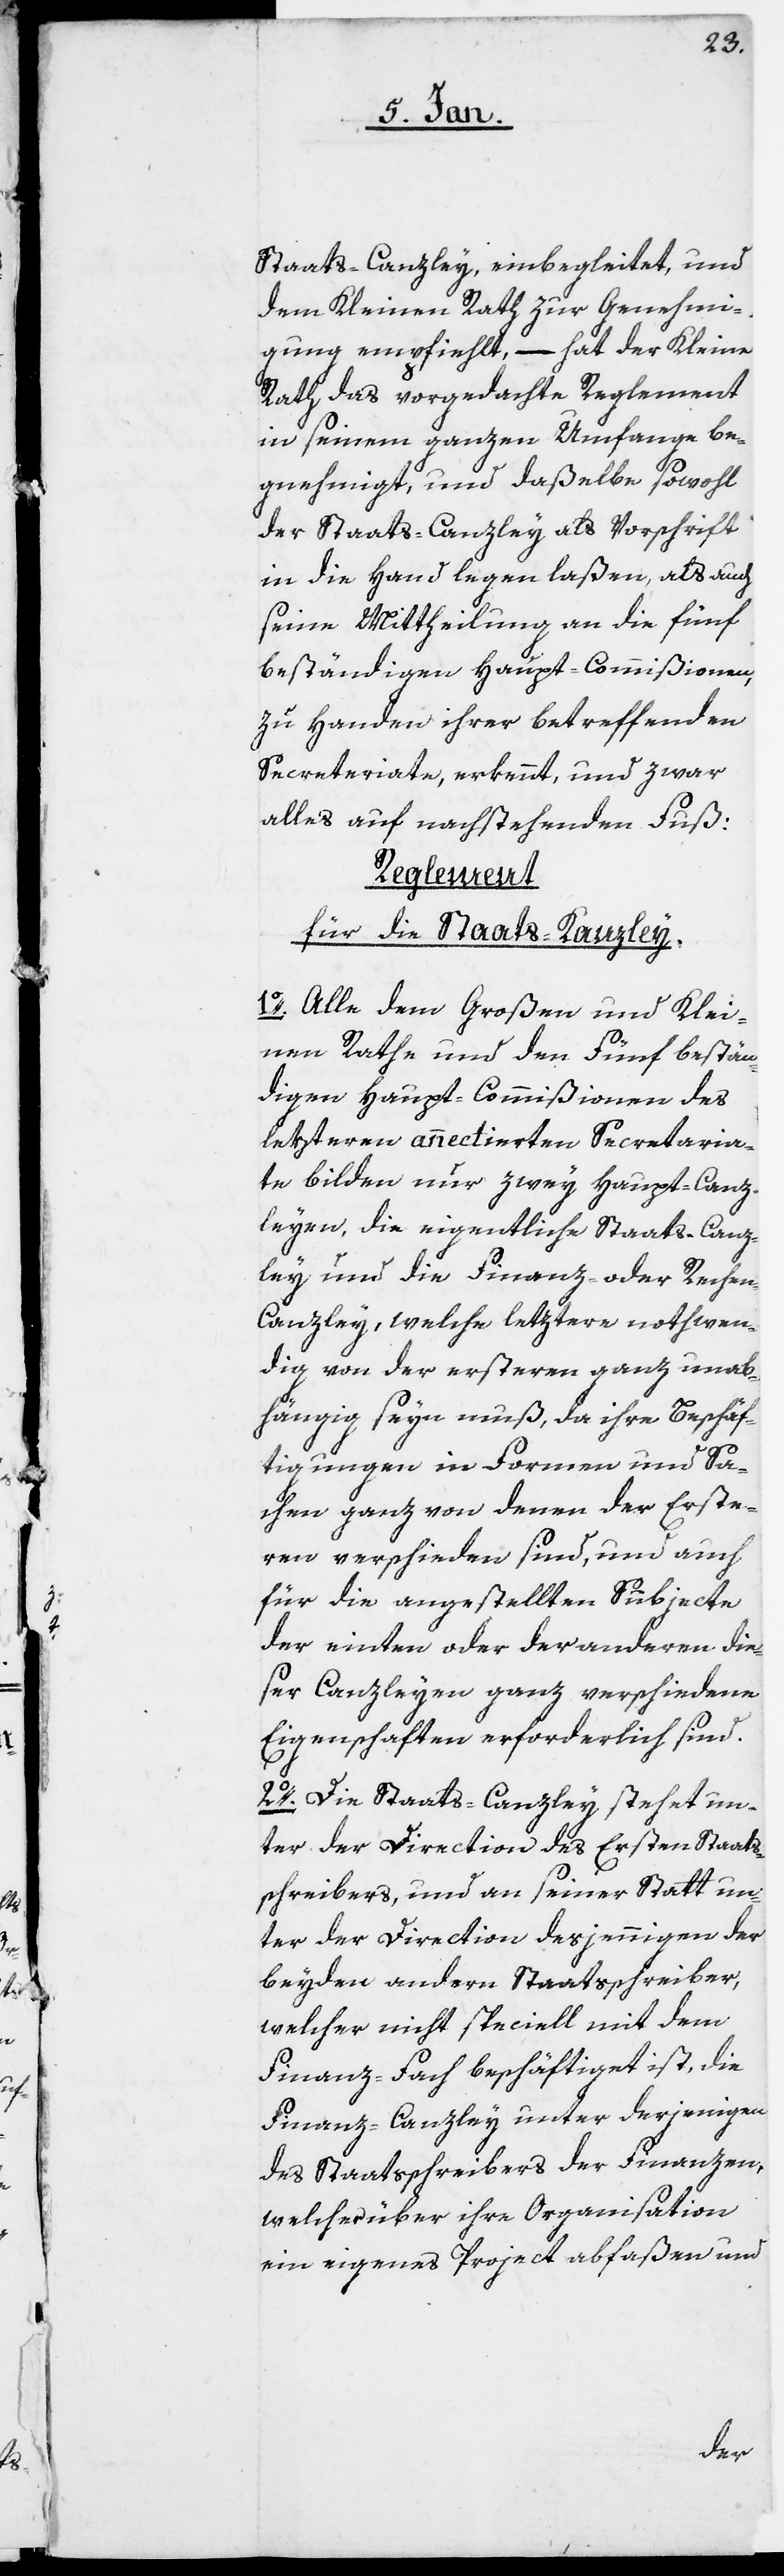
Staats-Canzley, einbegleitet, und
dem Kleinen Rath zur Genehmi¬
gung empfiehlt, – hat der Kleine
Rath das vorgedachte Reglement
in seinem ganzen Umfange be¬
gnehmigt, und daßelbe sowohl
der Staats-Canzley als Vorschrift
in die Hand legen laßen, als auch
seine Mittheilung an die fünf
beständigen Haupt-Commißionen,
zu Handen ihrer betreffenden
Secretariate, erkennt, und zwar
alles auf nachstehenden Fuß:
Reglement
für die Staats-Kanzley.
1o. Alle dem Großen und Klei¬
nen Rathe und den Fünf bestän¬
digen Haupt-Commißionen des
lezteren annectierten Secretaria¬
te bilden nur zwey Haupt-Canz¬
leyen, die eigentliche Staats-Canz¬
ley und die Finanz- oder Reche¬
n-Canzley, welche letztere nothwen¬
dig von der ersteren ganz unab¬
hängig seyn muß, da ihre Beschäf¬
tigungen in Formen und Sa¬
chen ganz von denen der Erste¬
ren verschieden sind, und auch
für die angestellten Subjecte
der einten oder der anderen die¬
ser Canzleyen ganz verschiedene
Eigenschaften erforderlich sind.
2o. Die Staats-Canzley stehet un¬
ter der Direction des Ersten Staats¬
schreibers, und an seiner Statt un¬
ter der Direction desjennigen der
beyden andern Staatsschreiber,
welcher nicht speciell mit dem
Finanz-Fach beschäftiget ist, die
Finanz-Canzley unter derjenigen
des Staatsschreibers der Finanzen,
welcher über ihre Organisation
ein eigenes Project abfaßen und